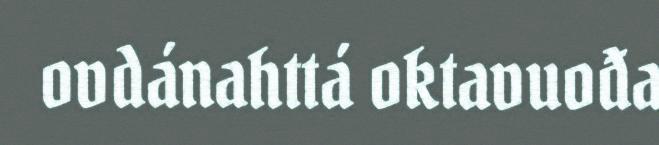
ovdánahttá oktavuođa